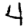
Digit: 4